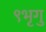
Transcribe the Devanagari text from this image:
९भृगु